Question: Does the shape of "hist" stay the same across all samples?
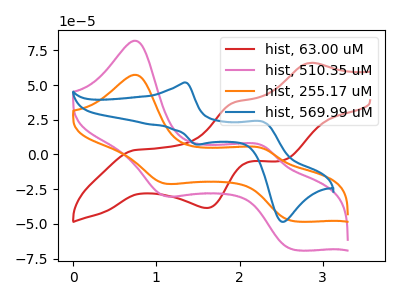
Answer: <think>The red curve "hist, 63.00 uM" has anodic peaks at (2.85V, 65.90uA) (1.95V, 37.60uA) and cathodic peaks at (0.75V, 3.20uA) (1.60V, -38.50uA) (2.50V, -4.65uA). The pink curve "hist, 510.35 uM" has anodic peaks at (0.75V, 81.90uA) (2.30V, 6.10uA) and cathodic peaks at (1.10V, -29.40uA) (2.65V, -68.40uA). The orange curve "hist, 255.17 uM" has anodic peaks at (0.75V, 57.35uA) (2.30V, 4.25uA) and cathodic peaks at (1.10V, -20.60uA) (2.65V, -47.90uA). The blue curve "hist, 569.99 uM" has anodic peaks at (1.35V, 51.75uA) (2.25V, 23.80uA) and cathodic peaks at (1.50V, 7.15uA) (2.55V, -48.45uA).
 "hist, 63.00 uM" and "hist, 510.35 uM" have a different number of peaks. "hist, 63.00 uM" and "hist, 255.17 uM" have a different number of peaks. "hist, 63.00 uM" and "hist, 569.99 uM" have a different number of peaks. All the peaks in "hist, 510.35 uM" have a peak in "hist, 255.17 uM" at the same potential. Every peak in "hist, 510.35 uM" is higher than every peak in "hist, 255.17 uM". "hist, 510.35 uM" and "hist, 569.99 uM" have at least one peak that do not match. "hist, 255.17 uM" and "hist, 569.99 uM" have at least one peak that do not match.</think>
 <answer>All the CV's of "hist" have similar shape.</answer>
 <eval>follow_rule</eval>